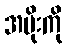
အမိုးကို